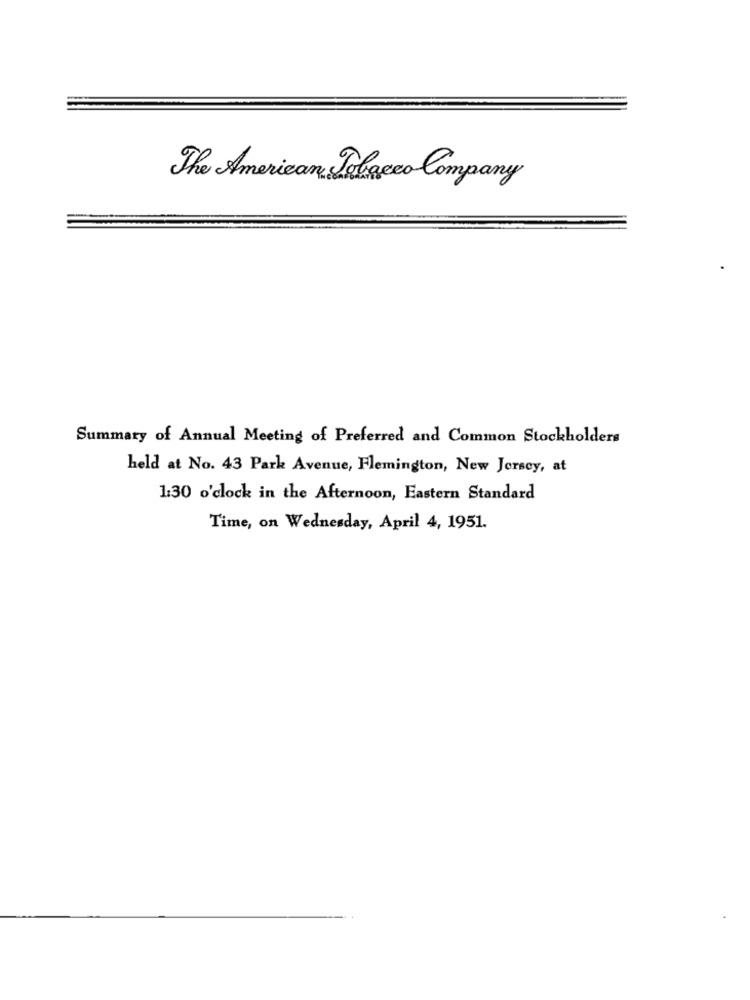
The American Tobacco Company
Summary of Annual Meeting of Preferred and Common Stockholders
held at No. 43 Park Avenue, Flemington, New Jersey, at
1:30 o'clock in the Afternoon, Eastern Standard
Time, on Wednesday, April 4, 1951.